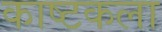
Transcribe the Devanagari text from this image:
काष्टकला